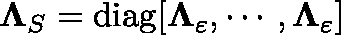
\mathbf { \Lambda } _ { S } = \mathrm { d i a g } [ \mathbf { \Lambda } _ { \varepsilon } , \cdots , \mathbf { \Lambda } _ { \varepsilon } ]